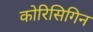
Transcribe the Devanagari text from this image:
कोरिसिगिन